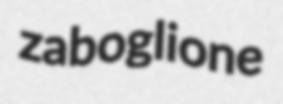
zaboglione